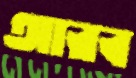
আরব